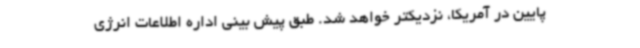
پایین در آمریکا، نزدیکتر خواهد شد. طبق پیش بینی اداره اطلاعات انرژی